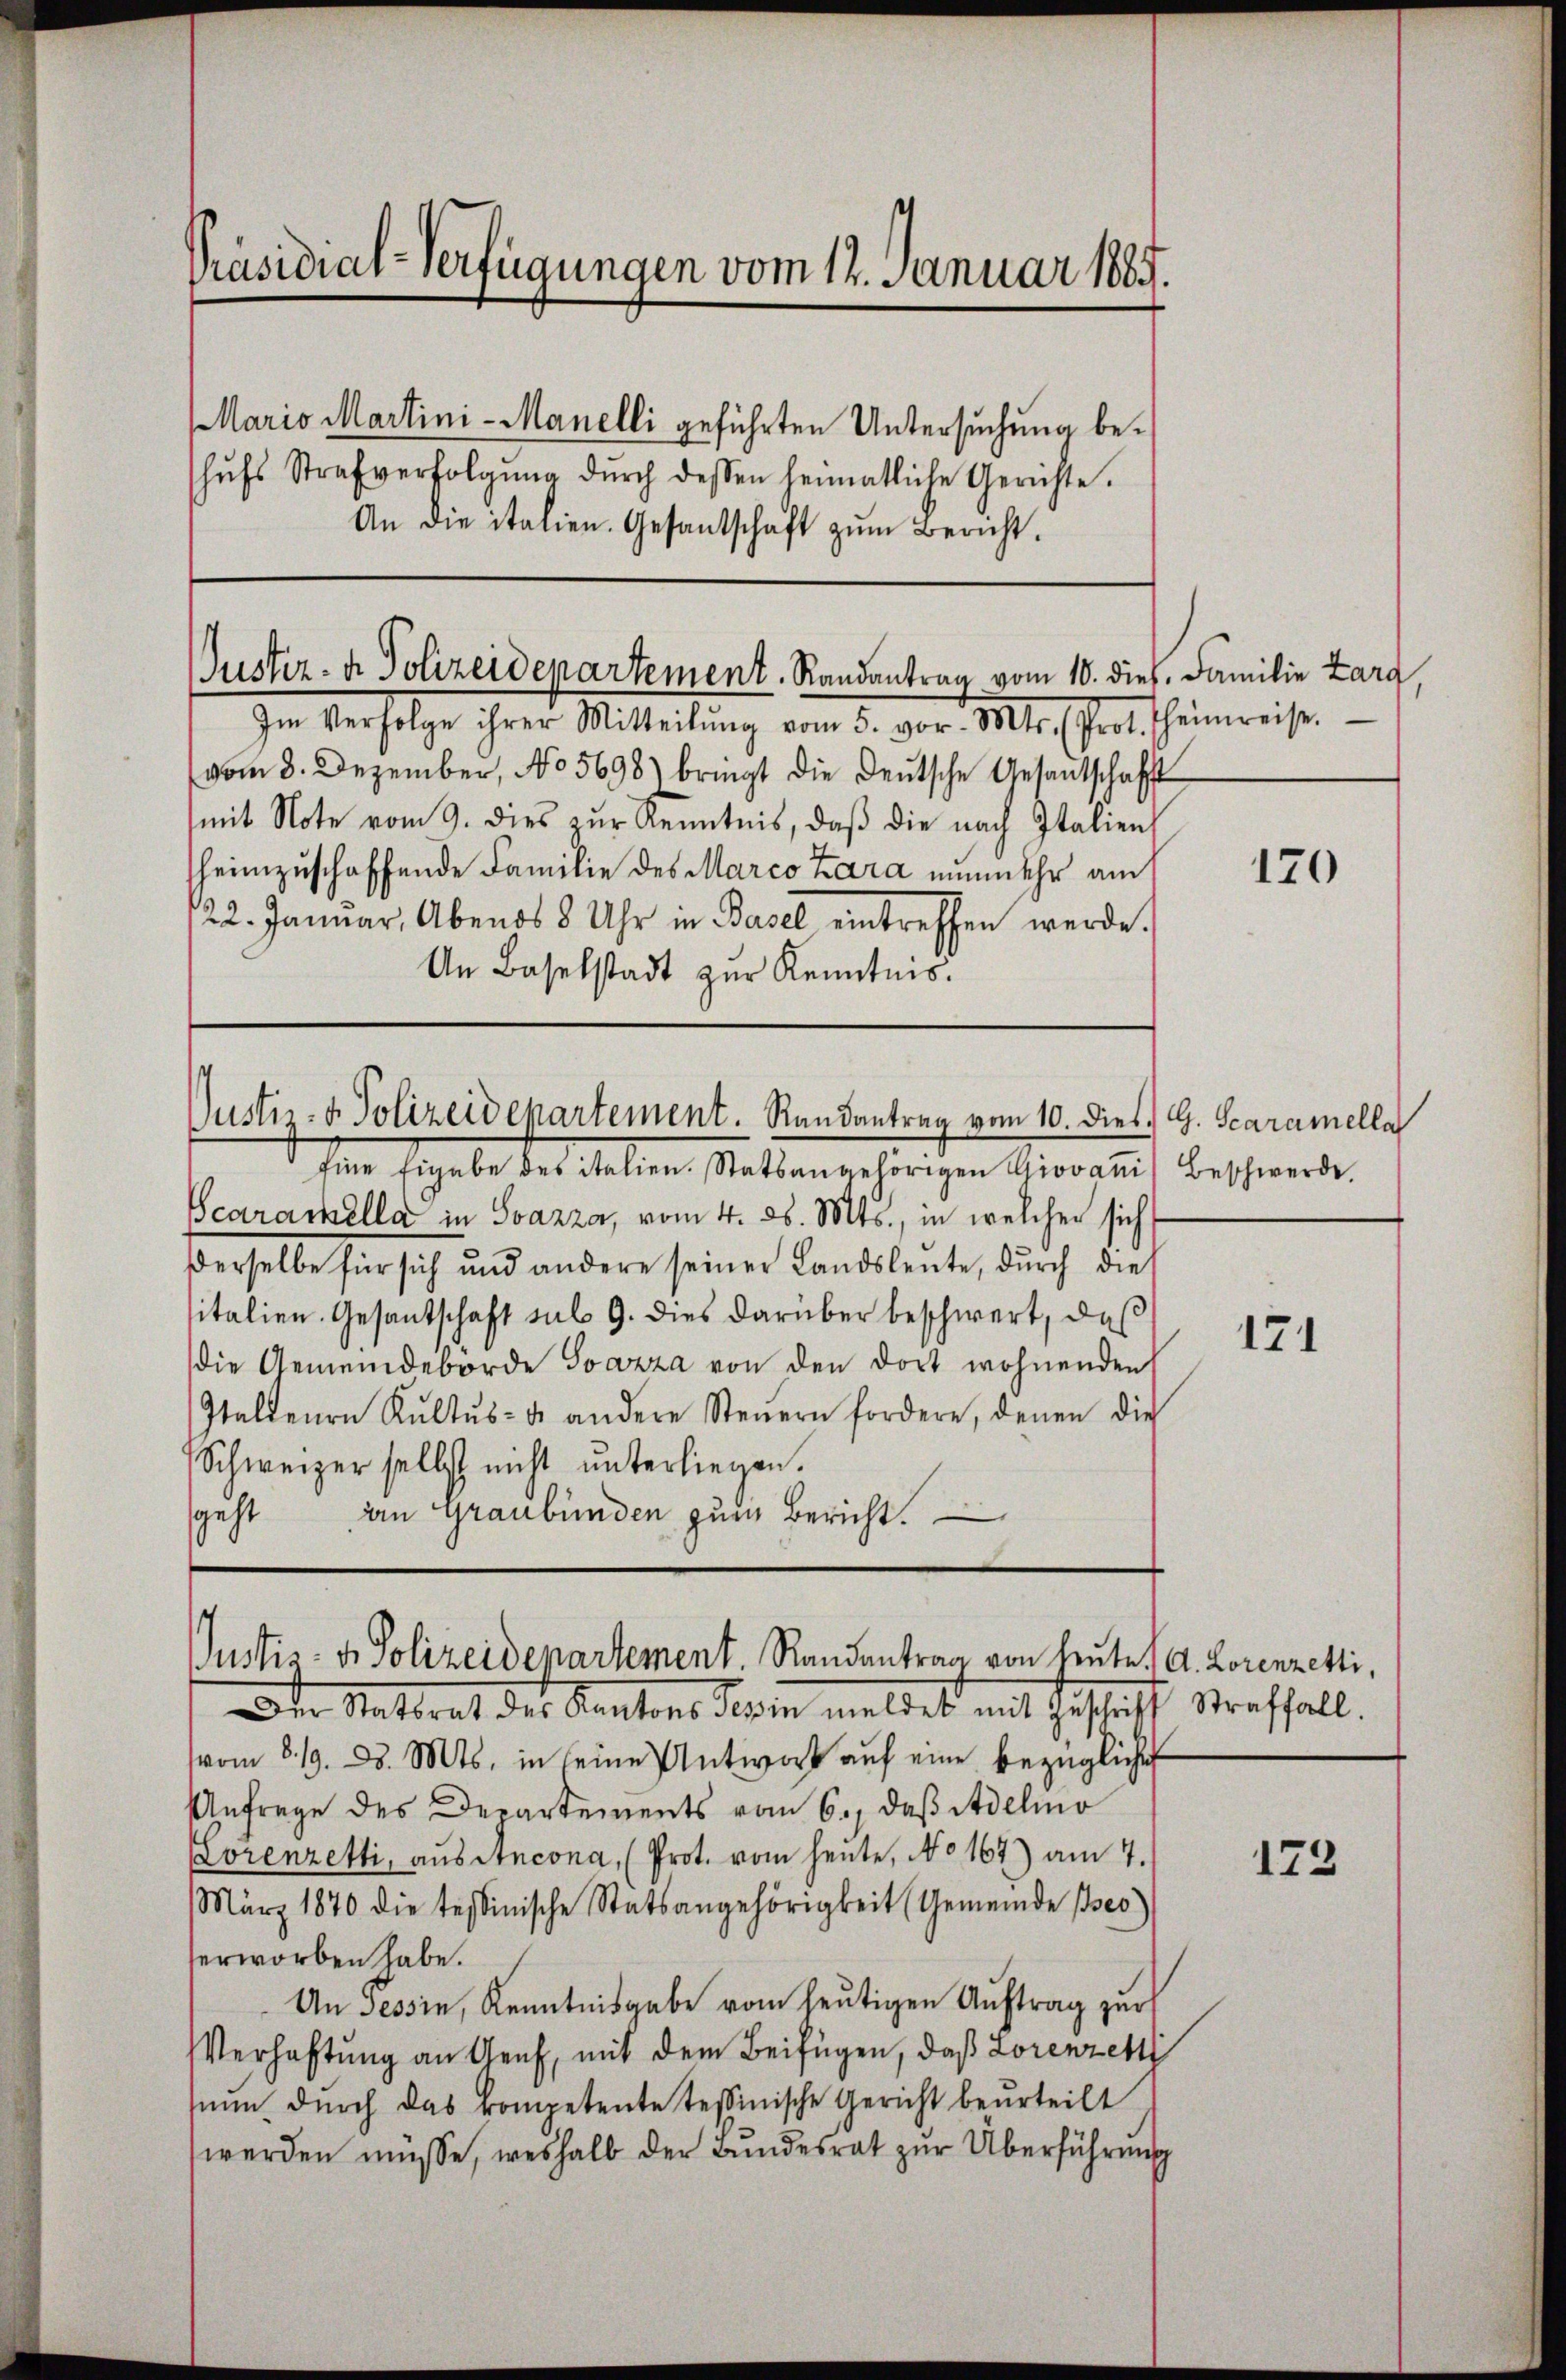
Präsidial-Verfügungen vom 12. Januar 1885.

Mario Martini-Manelli geführten Untersuchung behŭfs Strafverfolgŭng dŭrch dessen heimatliche Gerichte.
An die italien. Gesantschaft zŭm Bericht

Custer- & Polizeidepartement. Randantrag vom 10. dies. Familie Larg,

Justiz- & Polizeidepartement. Randantrag vom 10. dies. G. Scaramellar

Im Verfolge ihrer Mitteilŭng vom 5. vor. Mts. (Prot. Theimreise.
vom 3. Dezember, No 5698) bringt die Deutsche Gesantschafft
mit Note vom 9. dies zŭr Kenntnis, daβ die nach Italien
heimzuschaffende Familie des Marco Zara nunmehr am
22. Januar, Abends 8 Uhr in Basel eintreffen werde.
An Baselstadt zur Kenntnis.

fene Ergeben des Fallen, Stattengehörigen Zierauf Beschwerde,
Scarackella in Svazza, vom 4. d. Mts., in welcher sich
Derselbe für sich und andere seiner Landsleute, durch dies
sitalien. Gesantschaft sub 9. dies darüber beschwert, das
die Gemeindebörde Svazza von den dort wohnenden
staltenen Kultŭs- u. andere Steuern fordere, denen die
Schweizer selbst nicht unterliegen.
sgeht
An Graubünden zum Bericht.

Justiz- & Polizeidepartement. Randantrag von heute A. Lorenzetti,

Die Stattrat des Kantons Gesin meldet mit Zuschrift Straffall.
vom 8. 19. d. Mts. in seine Antwort auf eine bezügliche
Anfrage des Departements vom 6., daß Adelmo
Lorenzetti, aus Ancona, (Prot. vom heute, No 167) am 7.
März 1870 die tessinische Statsangehörigkeit (Gemeinde ses
erworben habe.
An Tessin, Kenntnisgabe vom heutigen Auftrag zur
Verhaftung an Genf, mit dem Beifügen, daß Lorenzelt
seum durch das kompetente tessinische Gericht beurteilt
werden müsse, weshalb der Bundesrat zur Überführung

170

171

173